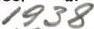
1938